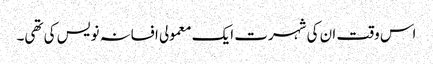
اس وقت ان کی شہرت ایک معمولی افسانہ نویس کی تھی۔